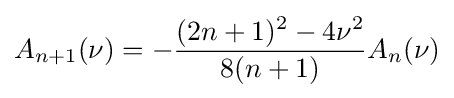
A_{n+1}(\nu )=-{\frac {(2n+1)^{2}-4\nu ^{2}}{8(n+1)}}A_{n}(\nu )